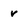
Character: v